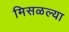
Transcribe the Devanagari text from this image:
मिसळल्या